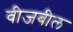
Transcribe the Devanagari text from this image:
वीजबील